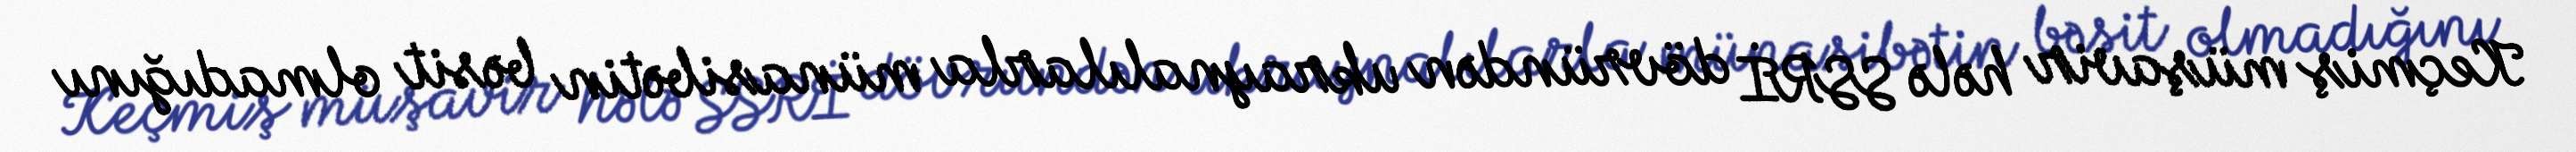
Keçmiş müşavir hələ SSRİ dövründən ukraynalılarla münasibətin bəsit olmadığını